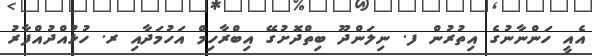
އެއީ ހަންނާނުގެ އިތުރުން ފ. ނިލަންދޫ ބިތްދޮށުގޭ އިބްރާހިމް އަހުމަދާއި ރ. ހުޅުއްދުއްފާރު